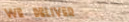
We Deliver